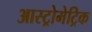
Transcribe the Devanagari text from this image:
आस्ट्रोमेट्रिक